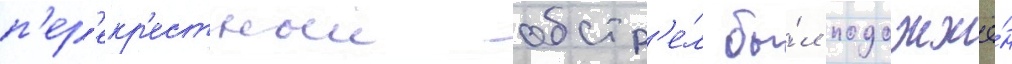
п'ер'екр'естныи обстр'е́л бы́л подожжё́н